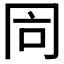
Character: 𠕑